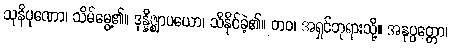
သုနိပုဏော၊ သိမ်မွေ့၏။ ဒုန္နိဇ္ဈာပယော၊ သိနိုင်ခဲ့၏။ တဝ၊ အရှင်ဘုရားသို့။ အနုပ္ပတ္တော၊